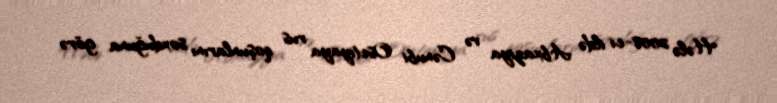
Hələ 2008-ci ildə Abxaziya və Cənubi Osetiyaya rus qoşunlarını soxduğuna görə